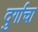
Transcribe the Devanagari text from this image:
दुर्गाचा